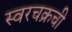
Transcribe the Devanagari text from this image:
स्वरचक्रची